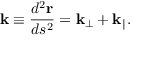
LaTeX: { \bf k } \equiv \frac { d ^ { 2 } { \bf r } } { d s ^ { 2 } } = { \bf k } _ { \bot } + { \bf k } _ { \| } .